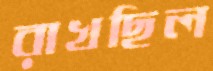
রাখছিল